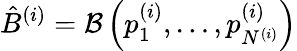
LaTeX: \hat{B}^{(i)}=\mathcal{B}\left(p_{1}^{(i)},\dots,p_{N^{(i)}}^{(i)}\right)